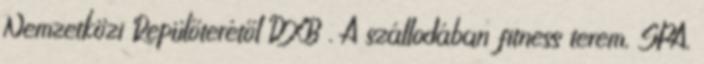
Nemzetközi Repülőterétől DXB . A szállodában fitness terem, SPA,